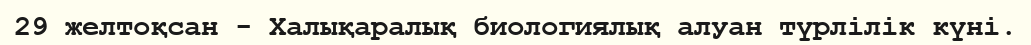
29 желтоқсан - Халықаралық биологиялық алуан түрлілік күні.